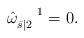
LaTeX: \begin{align*}\hat{\omega}_{\bar s | 2}^{\phantom{\mu |A}1}=0. \end{align*}